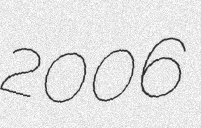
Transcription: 2006